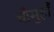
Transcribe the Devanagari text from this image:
चौमुहाँ